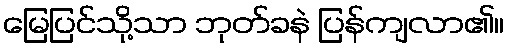
မြေပြင်သို့သာ ဘုတ်ခနဲ ပြန်ကျလာ၏။